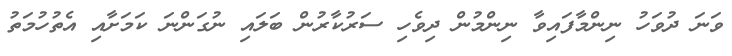
ވަނަ ދުވަހު ނިންމާފައިވާ ނިންމުން ދިވެހި ސަރުކާރުން ބަލައި ނުގަންނަ ކަމަށާއި އެތުހުމަތު